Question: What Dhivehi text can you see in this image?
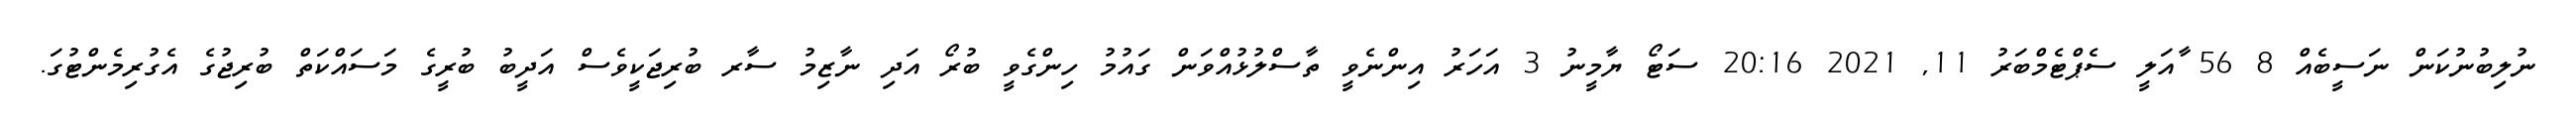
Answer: ނުލިބުނުކަން ނަސީބެއް 8 56 ާއަލީ ސެޕްޓެމްބަރު 11, 2021 20:16 ސަޓޯ ޔާމީނު 3 އަހަރު އިންނެވީ ތާސްލުޅުއްވަން ގައުމު ހިންގެވީ ބުރޯ އަދި ނާޒިމު ސާރ ބުރިޖަކީވެސް އަދީބު ބުރީގެ މަސައްކަތް ބުރިޖުގެ އެގުރިމެންޓުގަ.